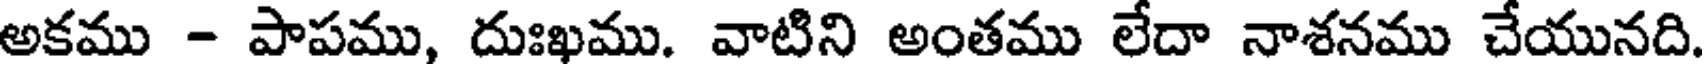
అకము - పాపము, దుఃఖము. వాటిని అంతము లేదా నాశనము చేయునది